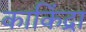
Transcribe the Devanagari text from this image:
काकिंद्रा